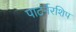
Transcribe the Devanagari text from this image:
पाटर्नरशिप